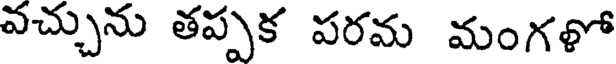
వచ్చును తప్పక పరమ మంగళో